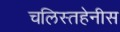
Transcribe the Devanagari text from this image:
चलिस्तहेनीस